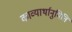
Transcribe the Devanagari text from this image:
काव्यार्थानुमिति